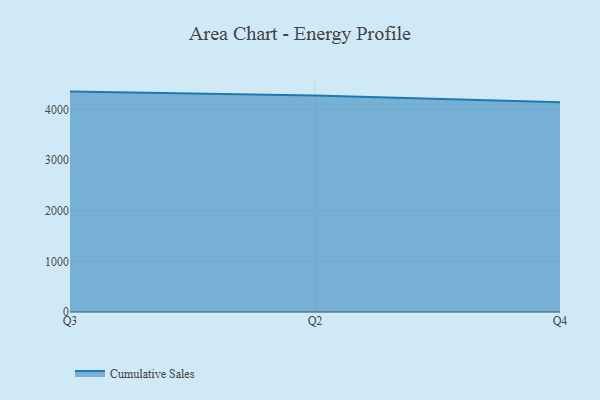
{"axis": {"x": "Quarter", "y": "Headcount"}, "legend": ["Cumulative Sales"], "data": [{"x": "Q3", "y": 4351.2, "type": "Cumulative Sales"}, {"x": "Q2", "y": 4274.9, "type": "Cumulative Sales"}, {"x": "Q4", "y": 4139.4, "type": "Cumulative Sales"}]}